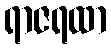
ရာဇရထာ